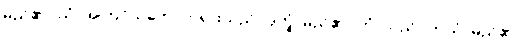
မည်၏။ ယံ၊ အကြင်သဘောတရားသည်။ ဒုက္ခံ၊ မည်၏။ တံ၊ သည်။ ဘယံ၊ မည်၏။